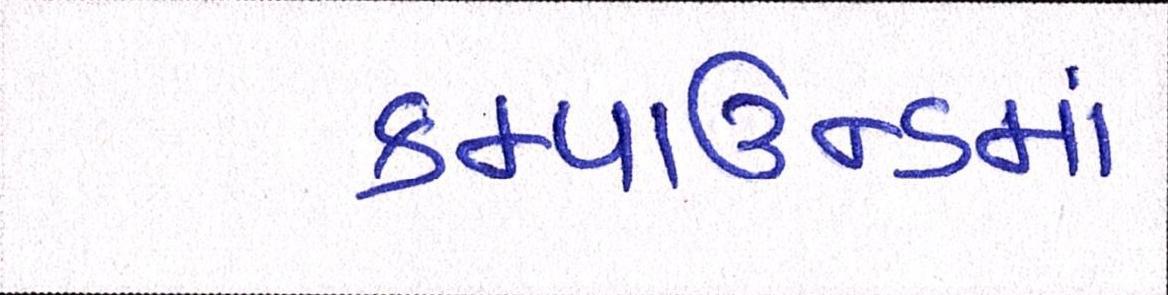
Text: કમ્પાઉન્ડમાં